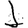
Digit: 1